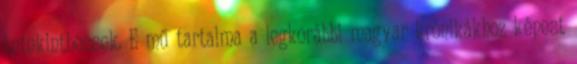
betekinthessek. E mű tartalma a legkorábbi magyar krónikákhoz képest